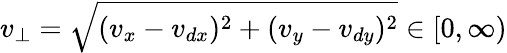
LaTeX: v_{\perp}=\sqrt{(v_{x}-v_{dx})^{2}+(v_{y}-v_{dy})^{2}}\in[0,\infty)